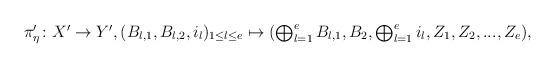
LaTeX: \begin{align*}\textstyle\pi_{\eta}'\colon X'\to Y', (B_{l,1},B_{l,2},i_{l})_{1\le l\le e}\mapsto (\bigoplus_{l=1}^{e}B_{l,1},B_{2},\bigoplus_{l=1}^{e}i_{l},Z_{1},Z_{2},...,Z_{e}),\end{align*}